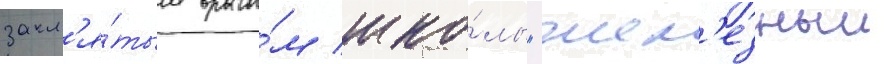
закл'я́тым враго́м шко́лы "жел'езныи